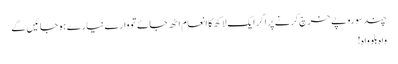
چند سو روپے خرچ کرنے پر اگر ایک لاکھ کا انعام اٹھ جائے تو وارے نیارے ہو جائیں گے
واہ بلو واہ !